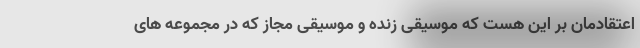
اعتقادمان بر این هست که موسیقی زنده و موسیقی مجاز که در مجموعه های